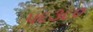
૫૬૩૮૦